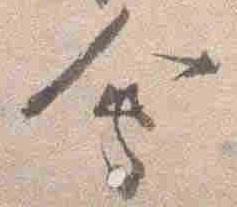
会